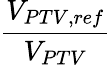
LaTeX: \frac{V_{PTV,ref}}{V_{PTV}}